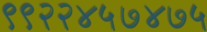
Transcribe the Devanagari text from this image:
९९२२४५७४७५